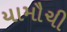
યામૌચી